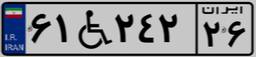
۵۴W۱۸۲۷۵